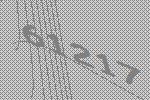
61217